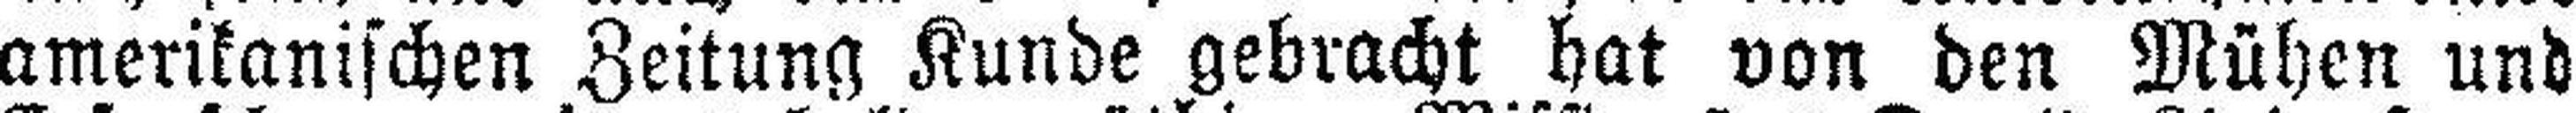
amerikanischen Zeitung Kunde gebracht hat von den Mühen und